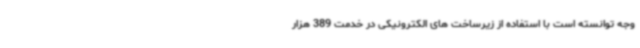
وجه توانسته است با استفاده از زیرساخت های الکترونیکی در خدمت 389 هزار